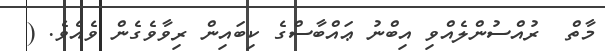
މާތް  ރުއްސުންލެއްވި އިބްނު ޢައްބާސްގެ ކިބައިން ރިވާވެގެން ވެއެވެ. (